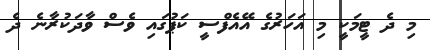
މި ދެ ޓީމަކީ މި އަހަރުގެ އޭއެފްސީ ކަޕުގައި ވެސް ވާދަކުރާނެ ދެ